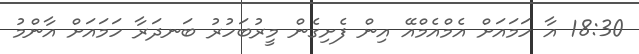
18:30 އާ ހަމައަށް އެމްއެމްއޭ އިން ފެށިގެން މީރުބަހުރު ބަނދަރާ ހަމައަށް އާންމު